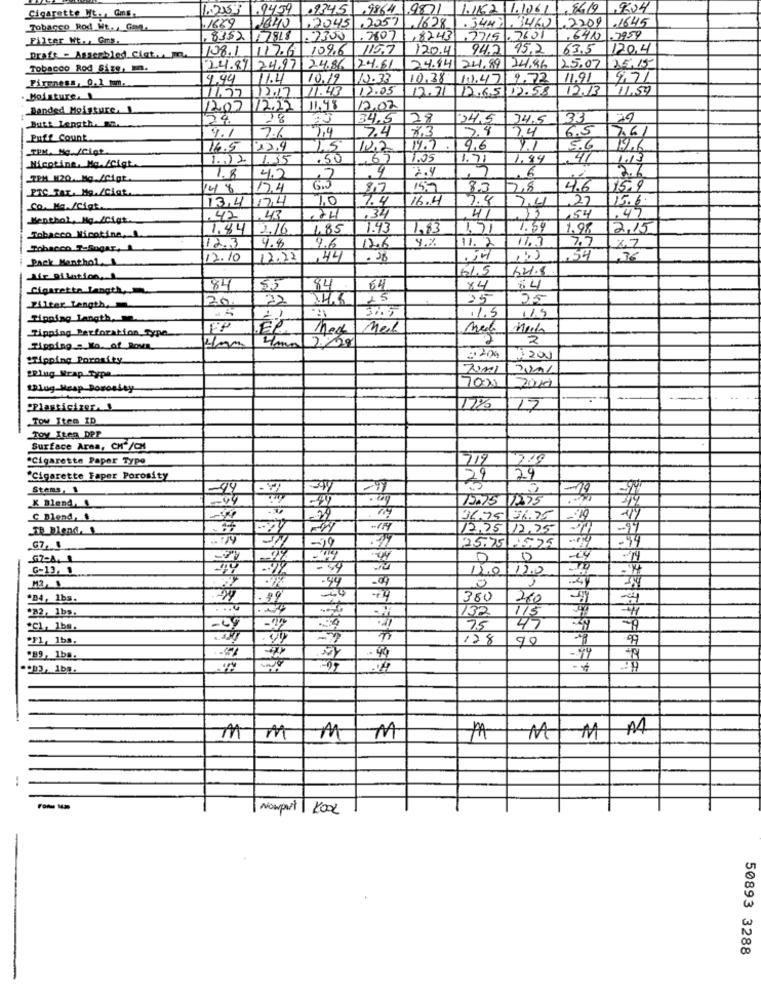
1.9459
2345 .9864 9871 1.1152 1.1061 , 86/9
19624
Cigarette Ht .. Gms.
Tobanco Rod Wt ., Gap.
.1689
2045
22571.1628
.3447.34601.2209 .1645
Filter Wt .. Gms.
8352
17 7848
.2300
.7807
,8243
7715.7631
.6412
.7959
108.1 117.6 109.6
1157
120.4
94.2 95.2
63.5
120,4
Draft - Assembled Cict.M. m
Tobacco Rod Size, mn.
24.87 24.97 24.86
124.81
24.84 24.89 24.86
25.07 25.15
Pireness, 0.1 Num ..
4.44
11.4
10.19
12.33
10.38 1.1.47 9.72
11.91
9.71
11.43
72.05
12.71 12.65 12.58
12.13
11.59
Moisture. 1
11.57
12.17
Banded Moisture, 1
12.07 12.22
11.98
12.02
24.
28
34,5
28
24,5
34.5
33
79
Butt Length. 2.
4.1
3,4
7.4
7.4
74
6.5
Puff Count
76
16.5
12.9
15
12.2
14.5
9,6
5.6
12.6
1.02
1.35
50
,67
1.05
1.84
41
1.13
Nicotine. Mo./Cigt
2.4
1.71
TEM M20. Mg /Cigt
1.8
4.5
,7
PTC Tar. Ma./Ciat.
148
117.4
15.9
8.3
28
4.6
15.9
13/4 174
1.0
7.4
16.4
9.8
27
15.6.
Co. Ma /igt
2,4
.47
Menthol, Hg Icigt.
.42
1.43
,34
4
54
1.84 2.16
1,85
1.43
1,83
1.71
1.59
1.98
2,15
Tobacco Nicotine,
4.8
9.%
17.3
Tobacco Tolugar,
12.3
46
12.6
11.2
7.7
Pack Menthol,
12.10
12.22
,44
.38
.54
,36
61,5
621.8
Sie Rikstion.1
Cigarette Langth,
84
84
64
84
64
22
15
25
25
Filter Length.
20
115
Tipping Langth ..
11.5
Tipping Perforation type
FP
Med
Mel
2
Rippinga Ko of Bova
"Tipping Porosity
2200
1200
2001
ERlug Wrap Type
1Plug Heap Boroeley
200
2010
"Plasticixer. !
15
Tow Item ID
TOy Iten DPP
Surface Area, CH /CH
"Cigarette Paper Type
2.79
"Cigarette Faper Porosity
29
24
Stems, 1
-19
X Blend, 1
48
C Blend, &
-44
36.75 36.75
Th Blend. 1
12.25 12.25
-94
G7, 4
-29
25.75 2575
G7-A. 1
0
0
-24
G-13. 1
120 120
M3, 1
-09
0
"B4, 1bs.
.19
380
260
....
282, 1bs:
132
115
2Cl, 1ba
-39
75
47
"F1, 1bs.
178
90
99
- 94
289, 1bs.
.49
.903, 1ba.
A4
M
M
M
PA
MIM
Nowport KOOL
50893 3288